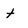
Character: t